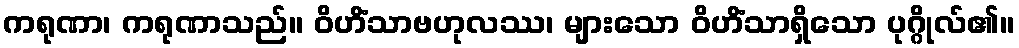
ကရုဏာ၊ ကရုဏာသည်။ ဝိဟိံသာဗဟုလဿ၊ များသော ဝိဟိံသာရှိသော ပုဂ္ဂိုလ်၏။